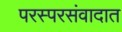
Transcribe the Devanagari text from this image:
परस्परसंवादात